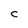
Character: C